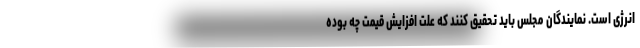
انرژی است. نمایندگان مجلس باید تحقیق کنند که علت افزایش قیمت چه بوده